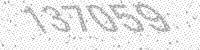
Solution: 137059